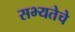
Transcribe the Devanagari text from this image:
सभ्यतेचे